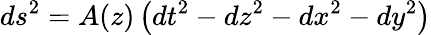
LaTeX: ds^{2}=A(z)\left(dt^{2}-dz^{2}-dx^{2}-dy^{2}\right)